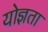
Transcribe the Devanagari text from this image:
योज्ञता